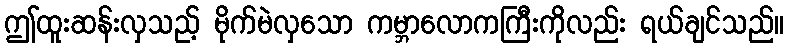
ဤထူးဆန်းလှသည့် မိုက်မဲလှသော ကမ္ဘာလောကကြီးကိုလည်း ရယ်ချင်သည်။